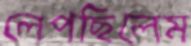
লেপছিলেম